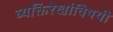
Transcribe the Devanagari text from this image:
व्यक्तिरेखांविषयी